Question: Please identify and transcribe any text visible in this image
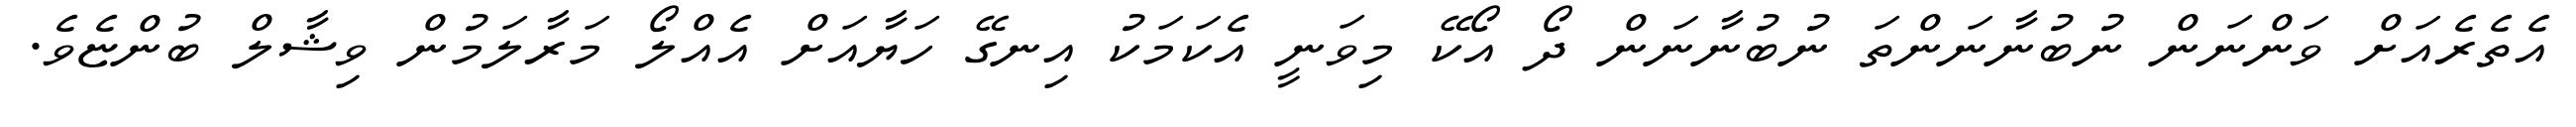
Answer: އެތެރެއަށް ވަންނަން ނުބުނާނަންތަ ނުބުނާނަން ދޯ އޯކޭ މިވަނީ އެކަމަކު އިނގޭ ހަޔާއަށް އެއްލޯ މަރާލަމުން ވިޝާލް ބުންޏެވެ.